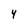
Character: 4